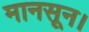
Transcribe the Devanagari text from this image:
मानसून।